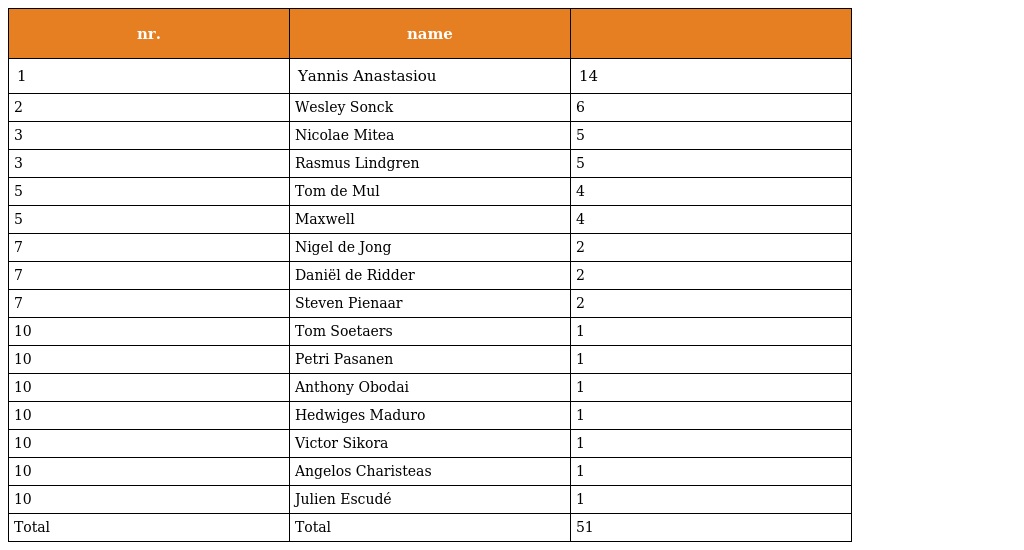
| nr. | name |  |
 | --- | --- | --- |
 | 1 | Yannis Anastasiou | 14 |
 | 2 | Wesley Sonck | 6 |
 | 3 | Nicolae Mitea | 5 |
 | 3 | Rasmus Lindgren | 5 |
 | 5 | Tom de Mul | 4 |
 | 5 | Maxwell | 4 |
 | 7 | Nigel de Jong | 2 |
 | 7 | Daniël de Ridder | 2 |
 | 7 | Steven Pienaar | 2 |
 | 10 | Tom Soetaers | 1 |
 | 10 | Petri Pasanen | 1 |
 | 10 | Anthony Obodai | 1 |
 | 10 | Hedwiges Maduro | 1 |
 | 10 | Victor Sikora | 1 |
 | 10 | Angelos Charisteas | 1 |
 | 10 | Julien Escudé | 1 |
 | Total | Total | 51 |